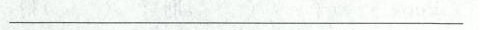
___